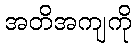
အတိအကျကို